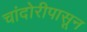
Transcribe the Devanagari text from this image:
चांदोरीपासून